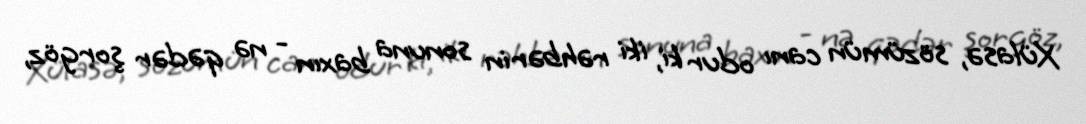
Xülasə, sözümün canı odur ki, iki rəhbərin sonuna baxın - nə qədər şorgöz,